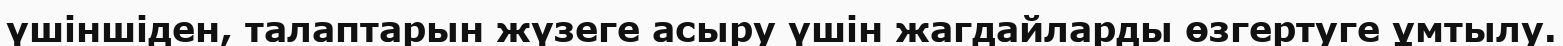
үшіншіден, талаптарын жүзеге асыру үшін жагдайларды өзгертуге ұмтылу.